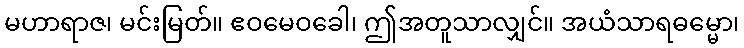
မဟာရာဇ၊ မင်းမြတ်။ ဧဝမေဝခေါ၊ ဤအတူသာလျှင်။ အယံသာရဓမ္မော၊